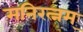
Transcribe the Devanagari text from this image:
मनिरत्नम्‌